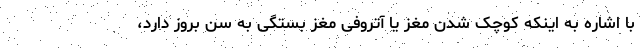
با اشاره به اینکه کوچک شدن مغز یا آتروفی مغز بستگی به سن بروز دارد،